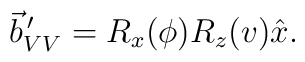
\vec b_{VV}^{\,\prime}=R_x(\phi)R_z(v)\hat x.